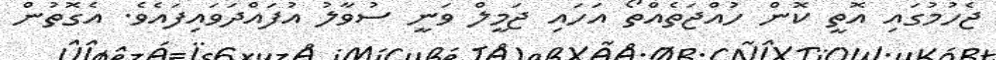
ޖެހުމުގައި އޮތީ ކޮން ހުއްޖަތެއްތޯ އަހައި ޖަމީލް ވަނީ ސުވާލު އުފައްދަވައިފައެވެ. އެގޮތުން